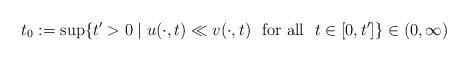
LaTeX: \begin{align*}t_0:=\sup\{t'>0\mid u(\cdot,t)\ll v(\cdot,t)\ \ {\rm for\ all}\ \ t\in[0,t']\}\in(0,\infty)\end{align*}